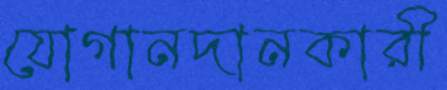
যোগানদানকারী